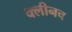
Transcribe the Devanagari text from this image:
क्लीनच